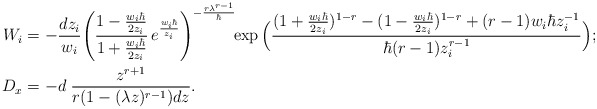
\begin{align*}W_i & = - \frac{dz_i}{w_i} \Bigg( \frac{1-\frac{w_i\hbar}{2z_i}}{1+\frac{w_i\hbar}{2z_i}}\, e^{\frac{w_i\hbar }{z_i}}\Bigg)^{-\frac {r\lambda^{r-1}}\hbar} \!\!\exp\Big( \frac{(1+\frac{w_i\hbar}{2z_i})^{1-r}-(1-\frac{w_i\hbar}{2z_i})^{1-r}+(r-1)w_i\hbar z_i^{-1}}{\hbar (r-1)z_i^{r-1}} \Big);\\ D_x & = - d \; \frac{z^{r+1}}{r(1-(\lambda z)^{r-1})dz}.\end{align*}